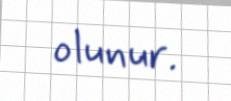
olunur.